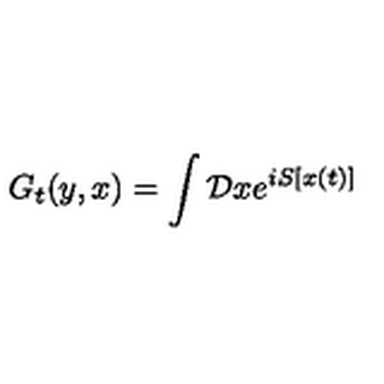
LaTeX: G _ { t } ( y , x ) = \int { \cal D } x e ^ { i S [ x ( t ) ] }